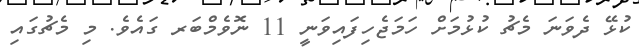
ކުޅޭ ދެވަނަ މެޗު ކުޅުމަށް ހަމަޖެހިފައިވަނީ 11 ނޮވެމްބަރ ގައެވެ. މި މެޗުގައި